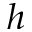
h